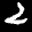
Label: 2